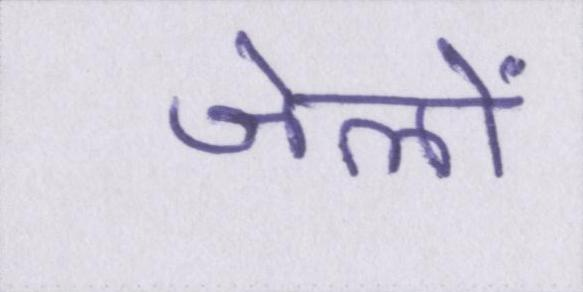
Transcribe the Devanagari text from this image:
जेलों